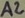
Text: A2